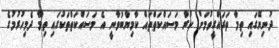
ދުނިޔޭގައި ތިމާ ތަރައްގީވުމަށް ކުރާ މަސައްކަތްތައް ކާމިޔާބުވާނީ އެ މަސައްކަތްތަކުގައި ތިމާ ދެމިހުރުމުގެ